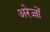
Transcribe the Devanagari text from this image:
अरेज्जों